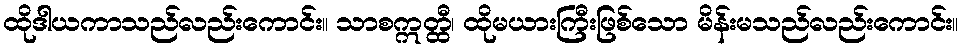
ထိုဒါယကာသည်လည်းကောင်း။ သာစဣတ္ထီ၊ ထိုမယားကြီးဖြစ်သော မိန်းမသည်လည်းကောင်း။